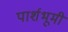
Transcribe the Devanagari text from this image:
पार्शभूमी